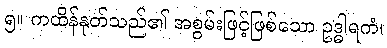
၅။ ကထိန်နုတ်သည်၏ အစွမ်းဖြင့်ဖြစ်သော ဥဒ္ဓါရကံ၊